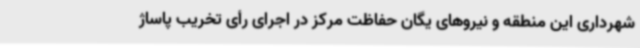
شهرداری این منطقه و نیروهای یگان حفاظت مرکز در اجرای رأی تخریب پاساژ